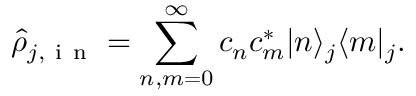
\hat { \rho } _ { j , \mathrm { ~ i ~ n ~ } } = \sum _ { n , m = 0 } ^ { \infty } c _ { n } c _ { m } ^ { * } \vert n \rangle _ { j } \langle m \vert _ { j } .